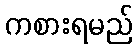
ကစားရမည်